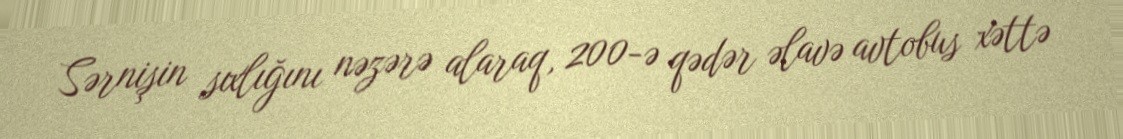
Sərnişin sıxlığını nəzərə alaraq, 200-ə qədər əlavə avtobus xəttə